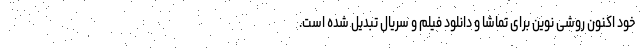
خود اکنون روشی نوین برای تماشا و دانلود فیلم و سریال تبدیل شده است.